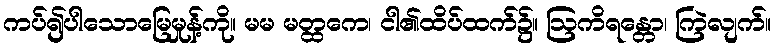
ကပ်၍ပါသောမြေမှုန့်ကို။ မမ မတ္ထကေ၊ ငါ၏ထိပ်ထက်၌။ ဩကိရန္တော၊ ကြဲလျက်။